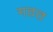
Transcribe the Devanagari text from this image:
गठत